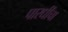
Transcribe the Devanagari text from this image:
पारधींचा